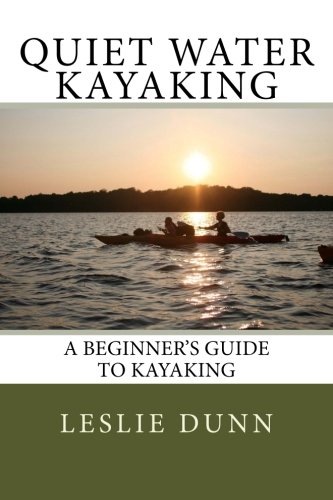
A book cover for Quiet Water Kayaking: A Beginner's Guide to Kayaking; Leslie Dunn; Sports & Outdoors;